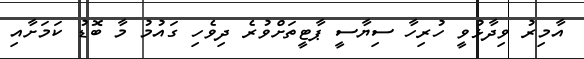
އާމިރު ވިދާޅުވީ ހުރިހާ ސިޔާސީ ޕާޓީތަށްވުރެ ދިވެހި ގައުމު މާ ބޮޑު ކަމަށާއި